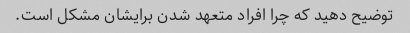
توضیح دهید که چرا افراد متعهد شدن برایشان مشکل است.